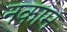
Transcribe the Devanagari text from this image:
नकाम